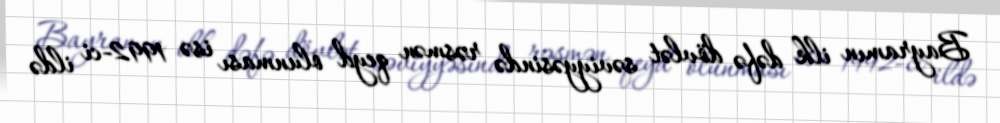
Bayramın ilk dəfə dövlət səviyyəsində rəsmən qeyd olunması isə 1992-ci ildə